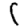
Digit: 1